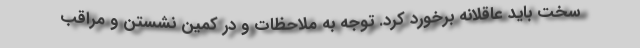
سخت باید عاقلانه برخورد کرد. توجه به ملاحظات و در کمین نشستن و مراقب